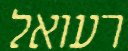
רעואל